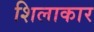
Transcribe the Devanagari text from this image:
शिलाकार